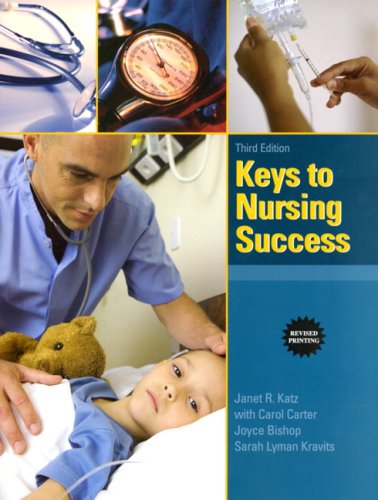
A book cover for Keys to Nursing Success, Revised Edition (3rd Edition); Janet R. Katz Ph.D.  RN  C; Test Preparation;